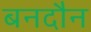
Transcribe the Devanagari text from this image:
बनदौन